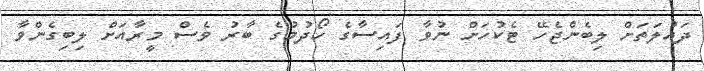
ދައުލަތަށް ލިބެންޖެހޭ ޓެކުހަށް ނުވާ ފައިސާގެ ހޯދުމުގެ ބާރު ވެސް މީރާއަށް ލިބިގެންވާ